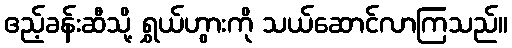
ဧည့်ခန်းဆီသို့ ရွှယ်ဟွားကို သယ်ဆောင်လာကြသည်။